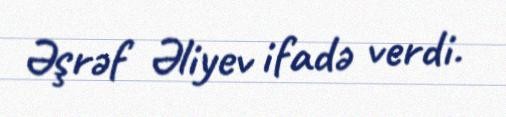
Əşrəf Əliyev ifadə verdi.